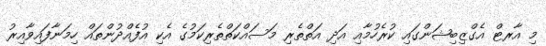
މި އާރޓް އެގްޒިބިޝަންގައި ކުރެހުމާއި އަދި އަތްތެރި މަސައްކަތްތެރިކަމުގެ އެކި އުފެއްދުންތައް ހިމަނާފައިވާއިރު